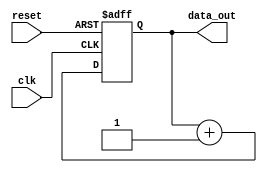
module repeat_loop(
    input wire clk,            // Clock signal
    input wire reset,          // Reset signal to exit the loop
    output reg [7:0] data_out  // Example output data
);

// Initialization
initial begin
    data_out = 8'h00; // Example initialization
end

always @(posedge clk or posedge reset) begin
    if (reset) begin
        // Termination condition
        data_out <= 8'h00; // Reset output data
    end else begin
        // Example loop body - replace with desired operations
        // This loop will execute continuously with every clock cycle
        data_out <= data_out + 1; // Increment data_out for demonstration
    end
end

endmodule